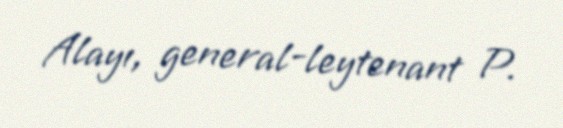
Alayı, general-leytenant P.